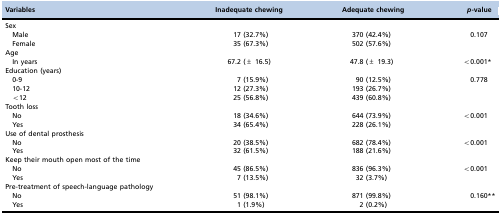
<table><thead><tr><td><b>Variables</b></td><td><b>Inadequate chewing</b></td><td><b>Adequate chewing</b></td><td><b><i>p</i>-value</b></td></tr></thead><tbody><tr><td colspan="4">Sex</td></tr><tr><td> Male</td><td>17 (32.7%)</td><td>370 (42.4%)</td><td rowspan="2">0.107</td></tr><tr><td> Female</td><td>35 (67.3%)</td><td>502 (57.6%)</td></tr><tr><td colspan="4">Age</td></tr><tr><td> In years</td><td>67.2 (± 16.5)</td><td>47.8 (± 19.3)</td><td>&lt;0.001*</td></tr><tr><td colspan="4">Education (years)</td></tr><tr><td> 0-9</td><td>7 (15.9%)</td><td>90 (12.5%)</td><td rowspan="3">0.778</td></tr><tr><td> 10-12</td><td>12 (27.3%)</td><td>193 (26.7%)</td></tr><tr><td> &lt;12</td><td>25 (56.8%)</td><td>439 (60.8%)</td></tr><tr><td colspan="4">Tooth loss</td></tr><tr><td> No</td><td>18 (34.6%)</td><td>644 (73.9%)</td><td rowspan="2">&lt;0.001</td></tr><tr><td> Yes</td><td>34 (65.4%)</td><td>228 (26.1%)</td></tr><tr><td colspan="4">Use of dental prosthesis</td></tr><tr><td> No</td><td>20 (38.5%)</td><td>682 (78.4%)</td><td rowspan="2">&lt;0.001</td></tr><tr><td> Yes</td><td>32 (61.5%)</td><td>188 (21.6%)</td></tr><tr><td colspan="4">Keep their mouth open most of the time</td></tr><tr><td> No</td><td>45 (86.5%)</td><td>836 (96.3%)</td><td rowspan="2">&lt;0.001</td></tr><tr><td> Yes</td><td>7 (13.5%)</td><td>32 (3.7%)</td></tr><tr><td colspan="4">Pre-treatment of speech-language pathology</td></tr><tr><td> No</td><td>51 (98.1%)</td><td>871 (99.8%)</td><td rowspan="2">0.160**</td></tr><tr><td> Yes</td><td>1 (1.9%)</td><td>2 (0.2%)</td></tr></tbody></table>